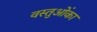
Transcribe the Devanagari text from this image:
वस्तुओंका